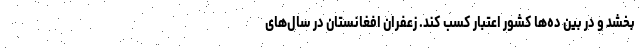
بخشد و در بین ده‌ها کشور اعتبار کسب کند. زعفران افغانستان در سال‌های